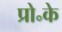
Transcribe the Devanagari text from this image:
प्रो॰के